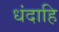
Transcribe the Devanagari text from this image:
धंदाहि